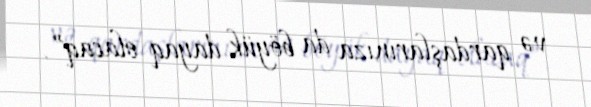
və qardaşlarınıza da böyük dayaq olacaq”.